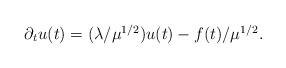
LaTeX: \begin{align*} \begin{array}{ll} \partial_t u(t) = (\lambda / \mu^{1/2}) u(t) - f(t) / \mu^{1/2}.\end{array} \end{align*}